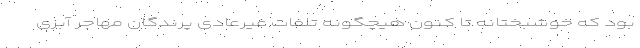
بود که خوشبختانه تا کنون هیچگونه تلفات غیرعادی پرندگان مهاجر آبزی